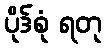
ပိုဒ်စုံ ရတု